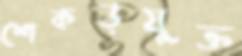
শেকড়যুক্ত